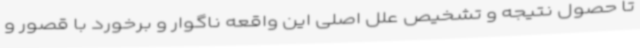
تا حصول نتیجه و تشخیص علل اصلی این واقعه ناگوار و برخورد با قصور و